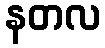
နတလ